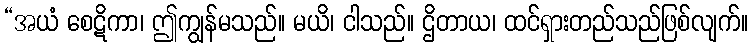
“အယံ စေဋိကာ၊ ဤကျွန်မသည်။ မယိ၊ ငါသည်။ ဌိတာယ၊ ထင်ရှားတည်သည်ဖြစ်လျက်။